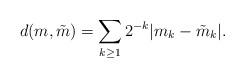
LaTeX: \begin{align*}d(m,\tilde{m}) = \sum_{k\geq 1} 2^{-k}|m_k - \tilde{m}_k|.\end{align*}